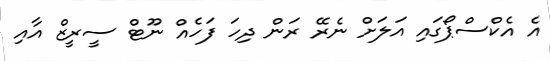
އެ އެކްސްޕޯގައި އަލަށް ނެރޭ ރަން ދިހަ ފަހެއް ނޫޓް ސީރީޒް އާއި